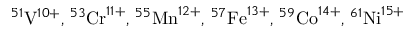
^ { 5 1 } \mathrm { V } ^ { 1 0 + } , \phantom { \rule { 0.16 em } { 0 ex } } ^ { 5 3 } \mathrm { C r } ^ { 1 1 + } , \phantom { \rule { 0.16 em } { 0 ex } } ^ { 5 5 } \mathrm { M n } ^ { 1 2 + } , \phantom { \rule { 0.16 em } { 0 ex } } ^ { 5 7 } \mathrm { F e } ^ { 1 3 + } , \phantom { \rule { 0.16 em } { 0 ex } } ^ { 5 9 } \mathrm { C o } ^ { 1 4 + } , \phantom { \rule { 0.16 em } { 0 ex } } ^ { 6 1 } \mathrm { N i } ^ { 1 5 + }